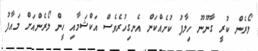
ލޯރެން ކުރީ ގާނޫނޫ ހިލާފު ކުށެއްކަން އެނގިހުރެވެސް އަކްޝަމާއި ހީން ލޯރެންއަށް މައާފު